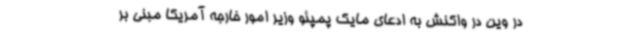
در وین در واکنش به ادعای مایک پمپئو وزیر امور خارجه آمریکا مبنی بر